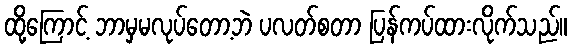
ထို့ကြောင့် ဘာမှမလုပ်တော့ဘဲ ပလတ်စတာ ပြန်ကပ်ထားလိုက်သည်။